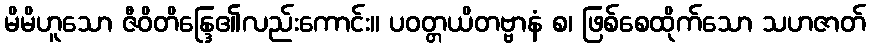
မိမိဟူသော ဇီဝိတိန္ဒြေ၏လည်းကောင်း။ ပဝတ္တယိတဗ္ဗာနံ စ၊ ဖြစ်စေထိုက်သော သဟဇာတ်